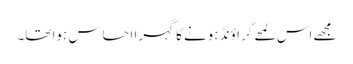
مجھے اس لمحے گراؤنڈ ہونے کا گہرا احساس ہوا تھا۔